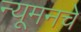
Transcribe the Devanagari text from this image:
न्यूमनचे